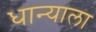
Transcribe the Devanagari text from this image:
धान्याला